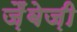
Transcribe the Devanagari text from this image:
ज़ैंबेज़ी